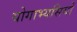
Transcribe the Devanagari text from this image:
योगाभ्यसियों